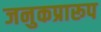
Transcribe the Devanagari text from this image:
जनुकप्रारूप